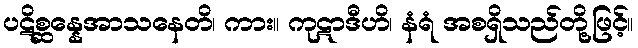
ပဋိစ္ဆန္နေအာသနေတိ၊ ကား။ ကုဋာဒီဟိ၊ နံရံ အစရှိသည်တို့ဖြင့်။